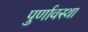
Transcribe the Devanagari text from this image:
पुर्णावस्था